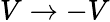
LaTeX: V\rightarrow-V